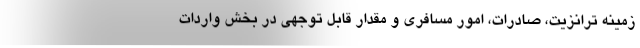
زمینه ترانزیت، صادرات، امور مسافری و مقدار قابل توجهی در بخش واردات